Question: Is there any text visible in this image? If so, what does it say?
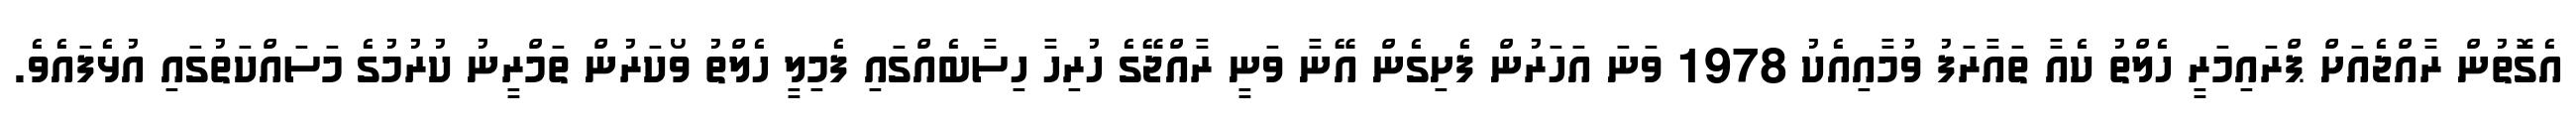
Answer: އެގޮތުން ރާއްޖެއަށް ޕްރައިމަރީ ހެލްތު ކެއާ ތައާރަފު ވުމާއިއެކު 1978 ވަނަ އަހަރުން ފެށިގެން އޭނާ ވަނީ ރާއްޖޭގެ ހުރިހާ ހިސާބެއްގައި ފެމިލީ ހެލްތު ވޯކަރުން ތަމްރީނު ކުރުމުގެ މަސައްކަތުގައި އުޅެފައެވެ.